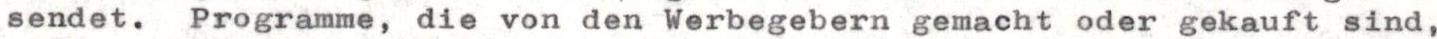
sendet. Programme, die von den Werbegebern gemacht oder gekauft sind,